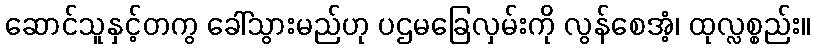
ဆောင်သူနှင့်တကွ ခေါ်သွားမည်ဟု ပဌမခြေလှမ်းကို လွန်စေအံ့၊ ထုလ္လစ္စည်း။